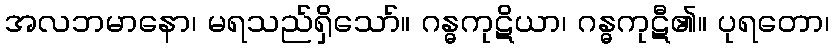
အလဘမာနော၊ မရသည်ရှိသော်။ ဂန္ဓကုဋိယာ၊ ဂန္ဓကုဋီ၏။ ပုရတော၊